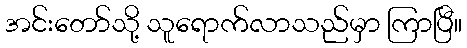
အင်းတော်သို့ သူရောက်လာသည်မှာ ကြာပြီ။